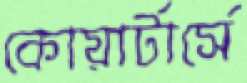
কোয়ার্টার্সে